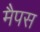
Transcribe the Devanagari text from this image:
मैपस